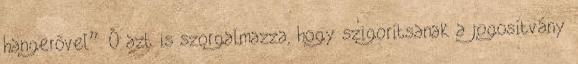
hangerővel”. Ő azt is szorgalmazza, hogy szigorítsanak a jogosítvány